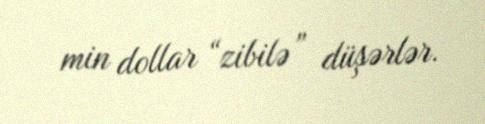
min dollar “zibilə” düşərlər.